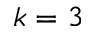
k = 3